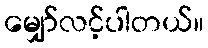
မျှော်လင့်ပါတယ်။